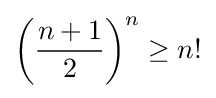
\left({\frac {n+1}{2}}\right)^{n}\geq n!